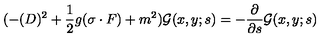
( - ( D ) ^ { 2 } + \frac { 1 } { 2 } g ( \sigma \cdot F ) + m ^ { 2 } ) { \cal G } ( x , y ; s ) = - \frac { \partial } { \partial s } { \cal G } ( x , y ; s )